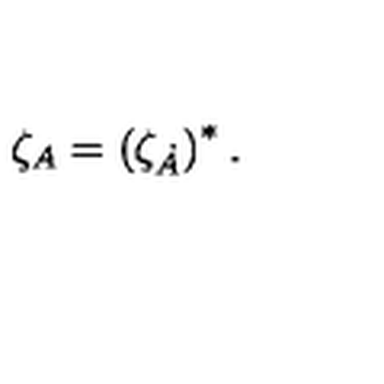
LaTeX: \zeta _ { A } = \left( \zeta _ { \dot { A } } \right) ^ { * } .